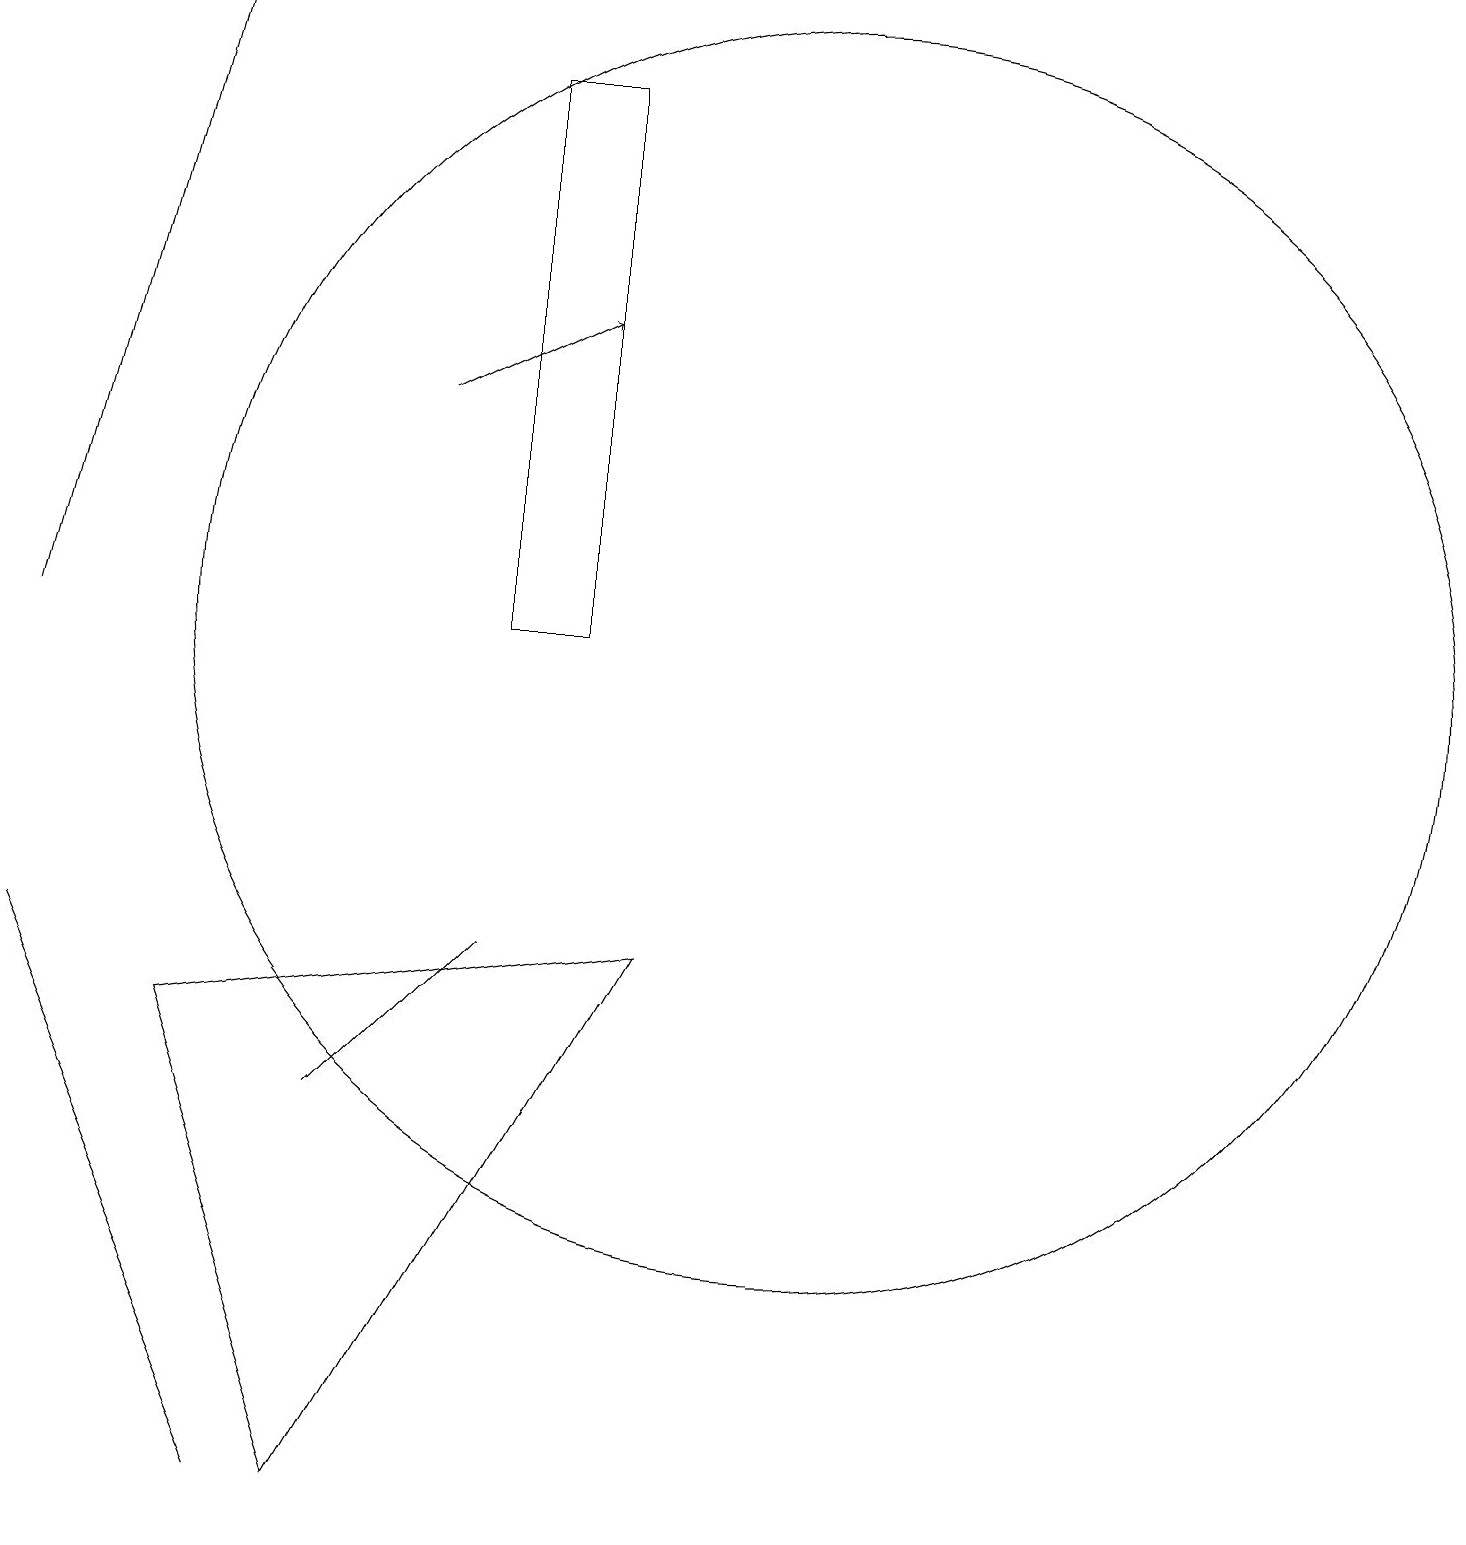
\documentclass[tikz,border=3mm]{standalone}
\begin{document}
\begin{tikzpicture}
\draw (11,11) circle (8);
\draw (6,6) -- (7,7) -- (5,5) -- cycle;
\draw[->] (1,11) -- (3,19);
\draw (1,7) -- (4,0) -- (4,0) -- cycle;
\draw (5,0) -- (3,6) -- (9,7) -- cycle;
\draw[->] (6,14) -- (8,15);
\draw (8,11) rectangle (7,18);
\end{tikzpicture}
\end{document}